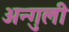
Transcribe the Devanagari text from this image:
अन्गुली